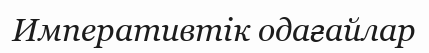
Императивтік одағайлар